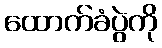
ထောက်ခံပွဲကို